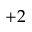
+ 2